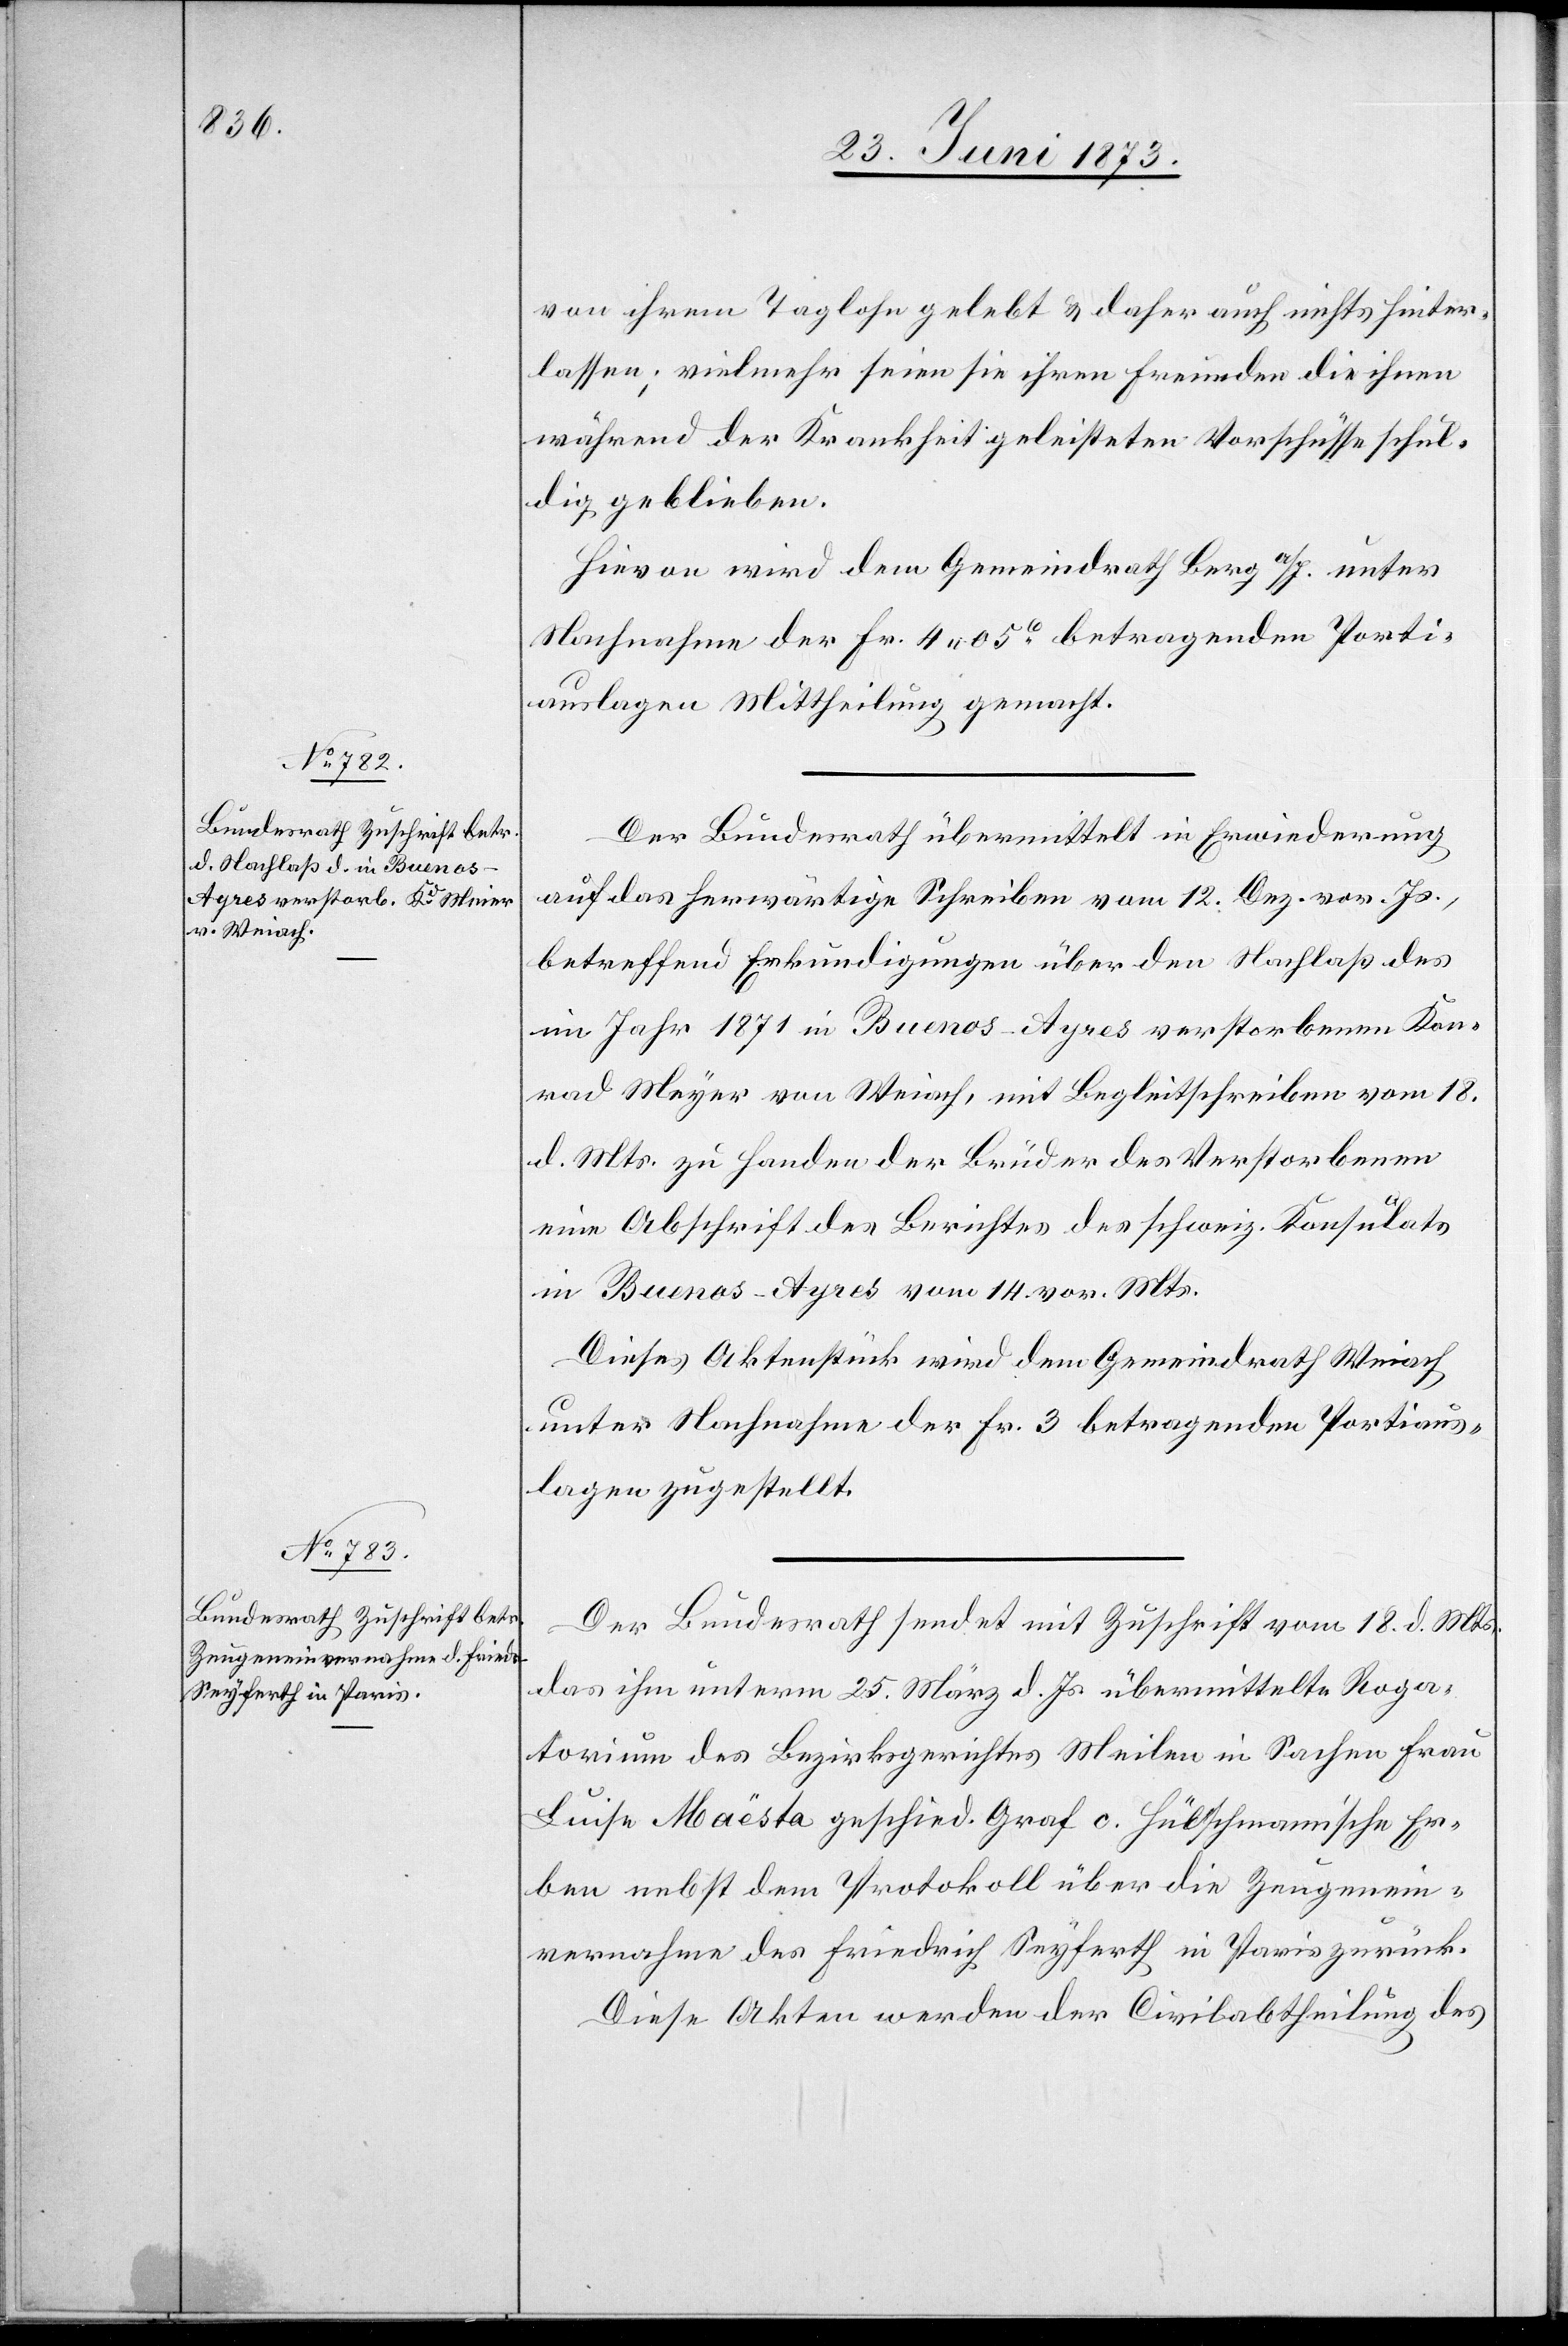
26. Juni 1873.]
von ihrem Taglohn gelebt & daher auch nichts hinter¬
lassen; vielmehr seien sie ihren Freunden die ihnen
während der Krankheit geleisteten Vorschüsse schul¬
dig geblieben.
Hievon wird dem Gemeindrath Berg a/S., unter
Nachnahme der Fr. 4 05c betragenden Porti¬
auslagen Mittheilung gemacht.
Der Bundesrath übermittelt in Erwiederung
auf das herwärtige Schreiben vom 12. Dez. vor. Js.,
betreffend Erkundigungen über den Nachlaß des
im Jahr 1871 in Buenos-Ayres verstorbenen Kon¬
rad Meyer [sic!] von Weiach, mit Begleitschreiben vom 18.
d. Mts. zu Handen der Brüder des Verstorbenen
eine Abschrift des Berichtes des schweiz. Konsulats
in Buenos-Ayres vom 14. vor. Mts.
Dieses Aktenstück wird dem Gemeindrath Weiach
unter Nachnahme der Fr. 3 betragenden Portiaus¬
lagen zugestellt.
Der Bundesrath sendet mit Zuschrift vom 18. d. Mts.
das ihm unterm 25. März d. Js. übermittelte Roga¬
torium des Bezirksgerichtes Meilen in Sachen Frau
Luise Maësta geschied. Graf o. Hülschmann’sche Er¬
ben nebst dem Protokoll über die Zeugenein¬
vernahme des Friedrich Seyferth in Paris zurück.
Diese Akten werden der Civilabtheilung des